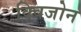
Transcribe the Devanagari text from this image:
क्विजोन